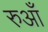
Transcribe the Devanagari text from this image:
रुआँ